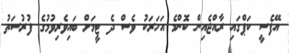
އޭފެސީ ކަޕްގައި ރާއްޖެއިން ކޮންމެ އަހަރަކު ވެސް ދެ ޓީމަށް ބައިވެރިވުމުގެ ފުރުސަތު